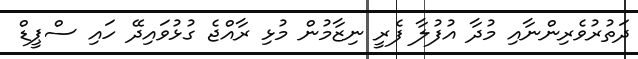
ދަތުރުވެރިންނާއި މުދާ އުފުލާ ފެރީ ނިޒާމުން މުޅި ރާއްޖެ ގުޅުވައިދޭ ހައި ސްޕީޑް